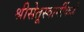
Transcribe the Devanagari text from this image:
श्रीसेतूस्वामींकडे